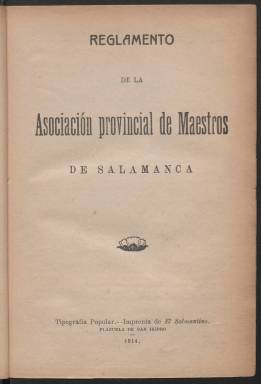
Título: Heraldo escolar
Colección: Educación
Ámbito geográfico: Salamanca
Lugar de publicación: Salamanca
Fechas: 06/03/1914-28/04/1916